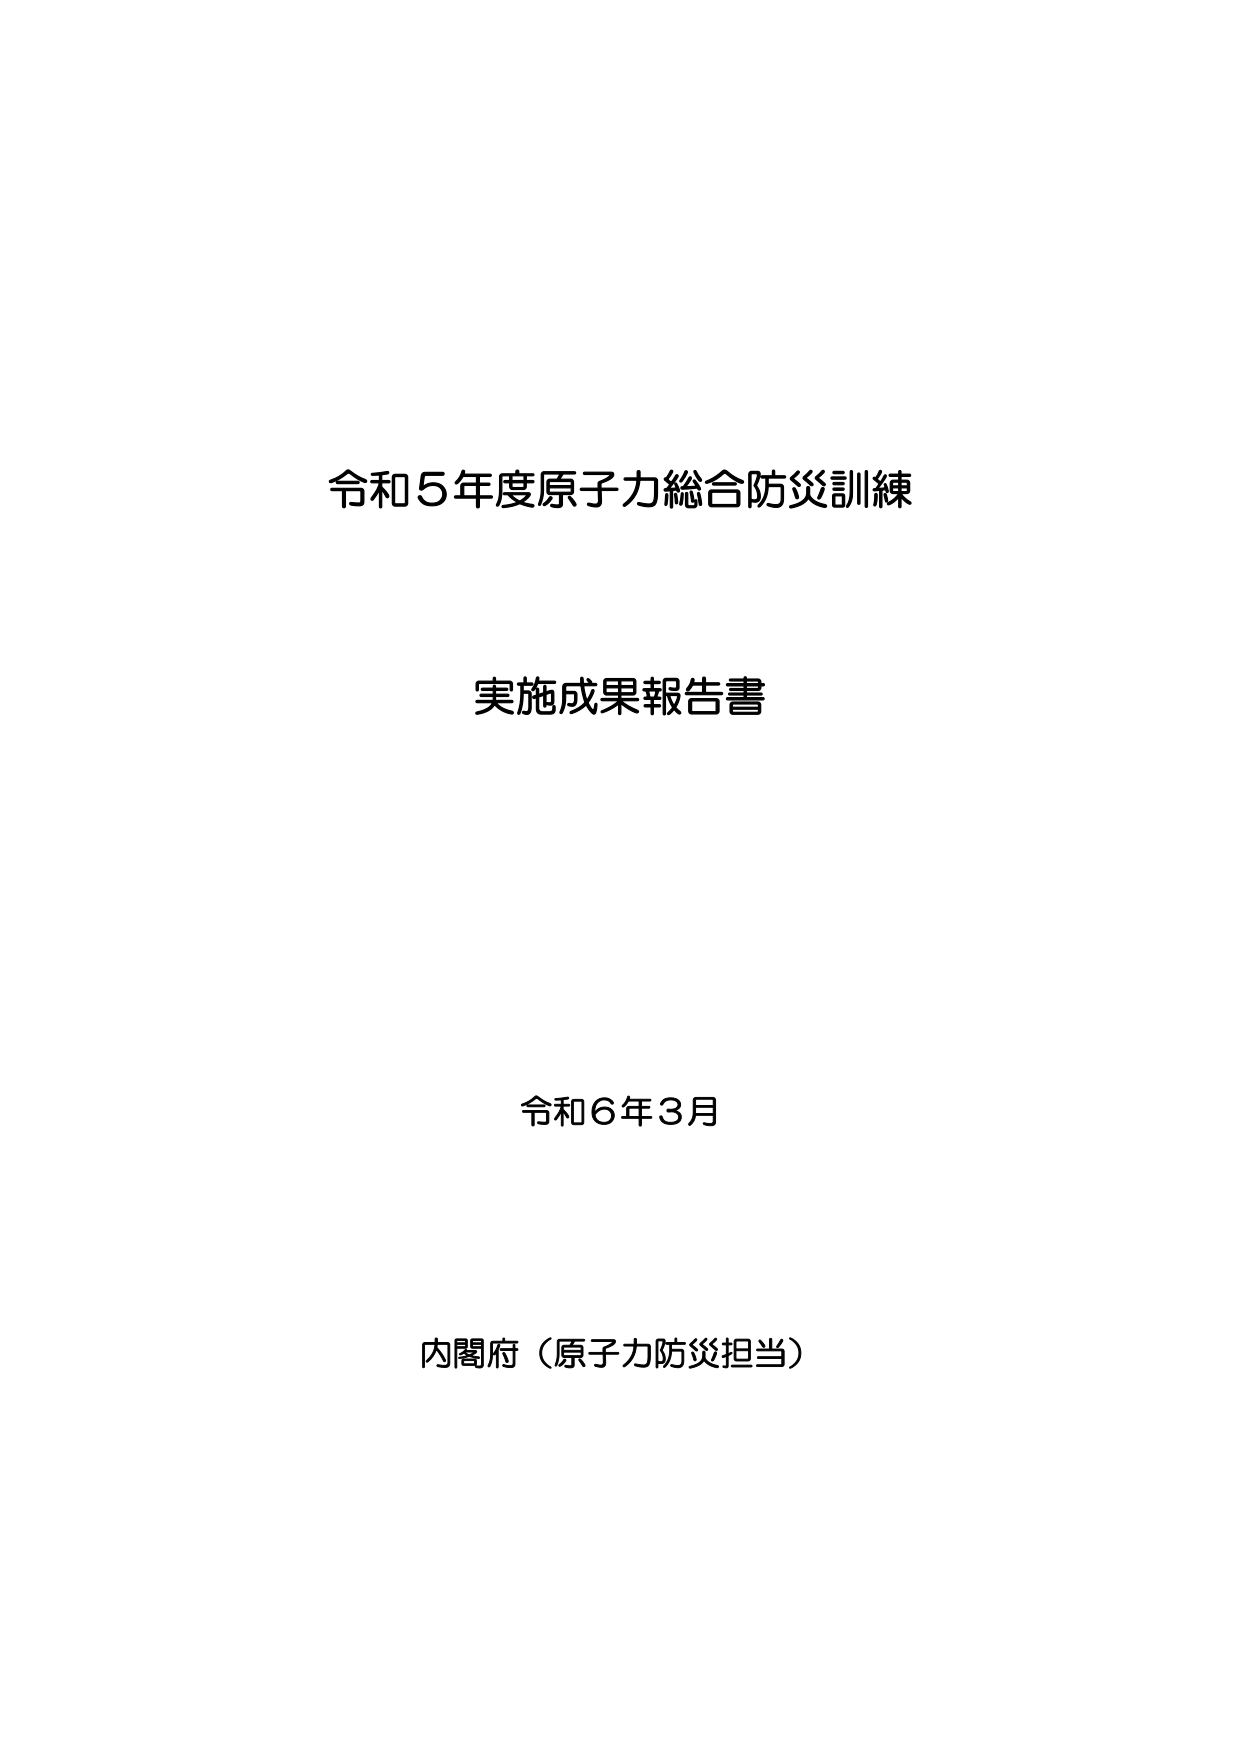
令和5年度原子力総合防災訓練
実施成果報告書
令和6年3月
内閣府（原子力防災担当）